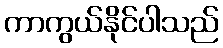
ကာကွယ်နိုင်ပါသည်